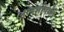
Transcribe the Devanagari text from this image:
आदर्शापर्यंत